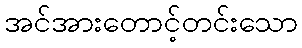
အင်အားတောင့်တင်းသော